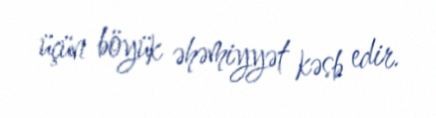
üçün böyük əhəmiyyət kəsb edir.